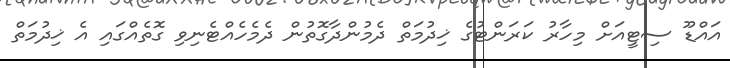
އައްޑޫ ސިޓީއަށް މިހާރު ކަރަންޓުގެ ޚިދުމަތް ދެމުންދާގޮތުން ދެމެހެއްޓެނިވި ގޮތެއްގައި އެ ޚިދުމަތް